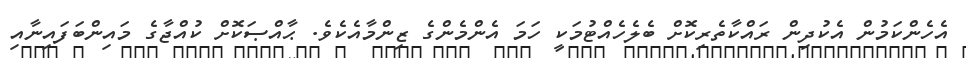
އެހެންކަމުން އެކުދިން ރައްކާތެރިކޮށް ބެލެހެއްޓުމަކީ ހަމަ އެންމެންގެ ޒިންމާއެކެވެ. ޙާއްޞަކޮށް ކުއްޖާގެ މައިންބަފައިނާއި